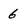
Character: 6